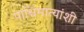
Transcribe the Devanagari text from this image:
पाश्चिमात्यांशी